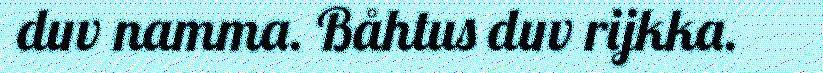
duv namma. Båhtus duv rijkka.